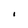
Character: 1